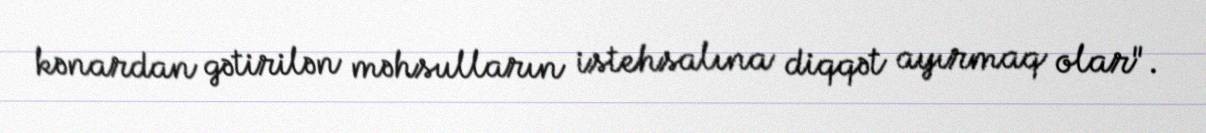
kənardan gətirilən məhsulların istehsalına diqqət ayırmaq olar".